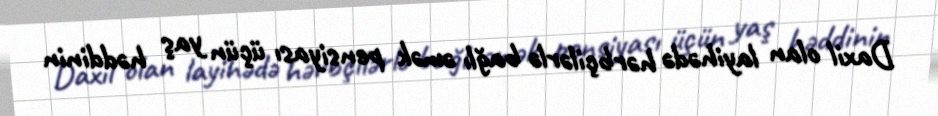
Daxil olan layihədə hərbçilərlə bağlı əmək pensiyası üçün yaş həddinin